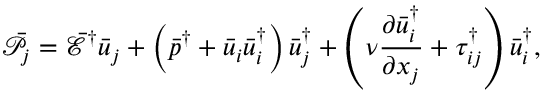
{ { \bar { \mathcal P } } _ { j } } = { { \bar { \mathcal E } } ^ { \dag } } { { \bar { u } } _ { j } } + \left( { { { \bar { p } } ^ { \dag } } + { { \bar { u } } _ { i } } \bar { u } _ { i } ^ { \dag } } \right) \bar { u } _ { j } ^ { \dag } + \left( { \nu \frac { { \partial \bar { u } _ { i } ^ { \dag } } } { { \partial { x _ { j } } } } + \tau _ { i j } ^ { \dag } } \right) \bar { u } _ { i } ^ { \dag } ,